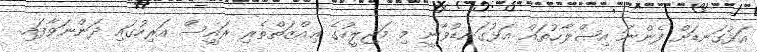
އަޅުގަނޑަށް ފެންނަ އިޞްލާޙުތައް އަޅުގަނޑުވާނީ މި މަޖިލީހުގެ ޢިއްޒަތްތެރި ރައީސް އަރިހުގައި ދަންނަވާފައި.